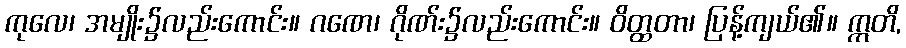
ကုလေ၊ အမျိုး၌လည်းကောင်း။ ဂဏေ၊ ဂိုဏ်း၌လည်းကောင်း။ ဝိတ္ထတာ၊ ပြန့်ကျယ်၏။ ဣတိ,